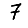
Digit: 7